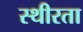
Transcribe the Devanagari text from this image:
स्थीरता